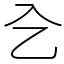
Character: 㐈